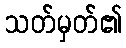
သတ်မှတ်၏